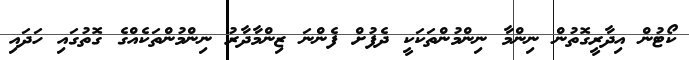
ކޯޓުން އިދާރީގޮތުން ނިންމާ ނިންމުންތަކަކީ ދެފުށް ފެންނަ ޒިންމާދާރު ނިންމުންތަކެއްގެ ގޮތުގައި ހަދައި